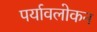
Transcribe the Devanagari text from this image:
पर्यावलोकन